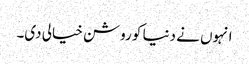
انہوں نے دنیا کو روشن خیالی دی۔